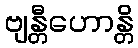
ဗျန္တီဟောန္တိ